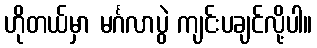
ဟိုတယ်မှာ မင်္ဂလာပွဲ ကျင်းပချင်လို့ပါ။